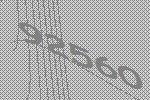
92560